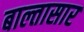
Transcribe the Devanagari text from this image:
बाल्तासार